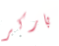
باركر